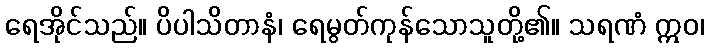
ရေအိုင်သည်။ ပိပါသိတာနံ၊ ရေမွတ်ကုန်သောသူတို့၏။ သရဏံ ဣဝ၊